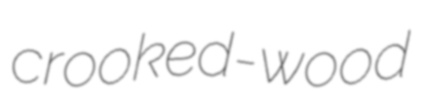
crooked-wood